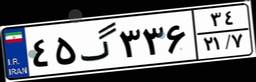
۴۵گ۳۳۶۳۴